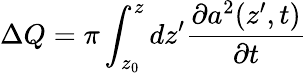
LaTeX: \Delta Q=\pi\int_{z_{0}}^{z}dz^{\prime}\frac{\partial a^{2}(z^{\prime},t)}{\partial t}